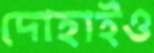
দোহাইও